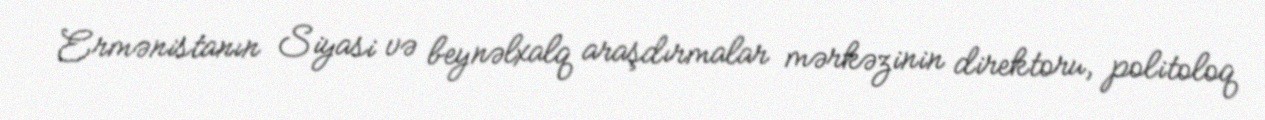
Ermənistanın Siyasi və beynəlxalq araşdırmalar mərkəzinin direktoru, politoloq